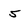
Character: 5